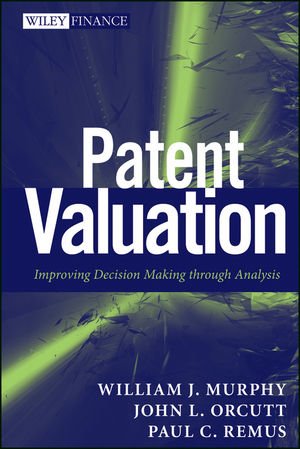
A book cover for Patent Valuation: Improving Decision Making through Analysis; William J. Murphy; Law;